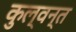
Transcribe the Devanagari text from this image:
कुल्वन्त